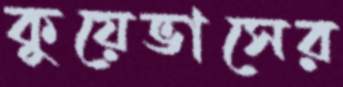
কুয়েভাসের